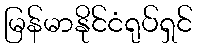
မြန်မာနိုင်ငံရုပ်ရှင်